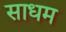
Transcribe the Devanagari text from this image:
साधम